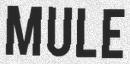
MULE